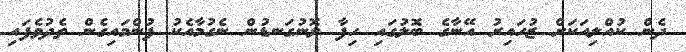
ދެން ކުއްލިއަކަށް ޒުހައިރު އޭނާގެ ބޮލުގައި ހިފާ ލޮނުގަނޑުން ނެގުމާއެކު ފުންމައިގެން ތެދުވެފައި